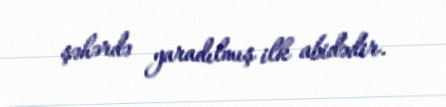
şəhərdə yaradılmış ilk abidədir.